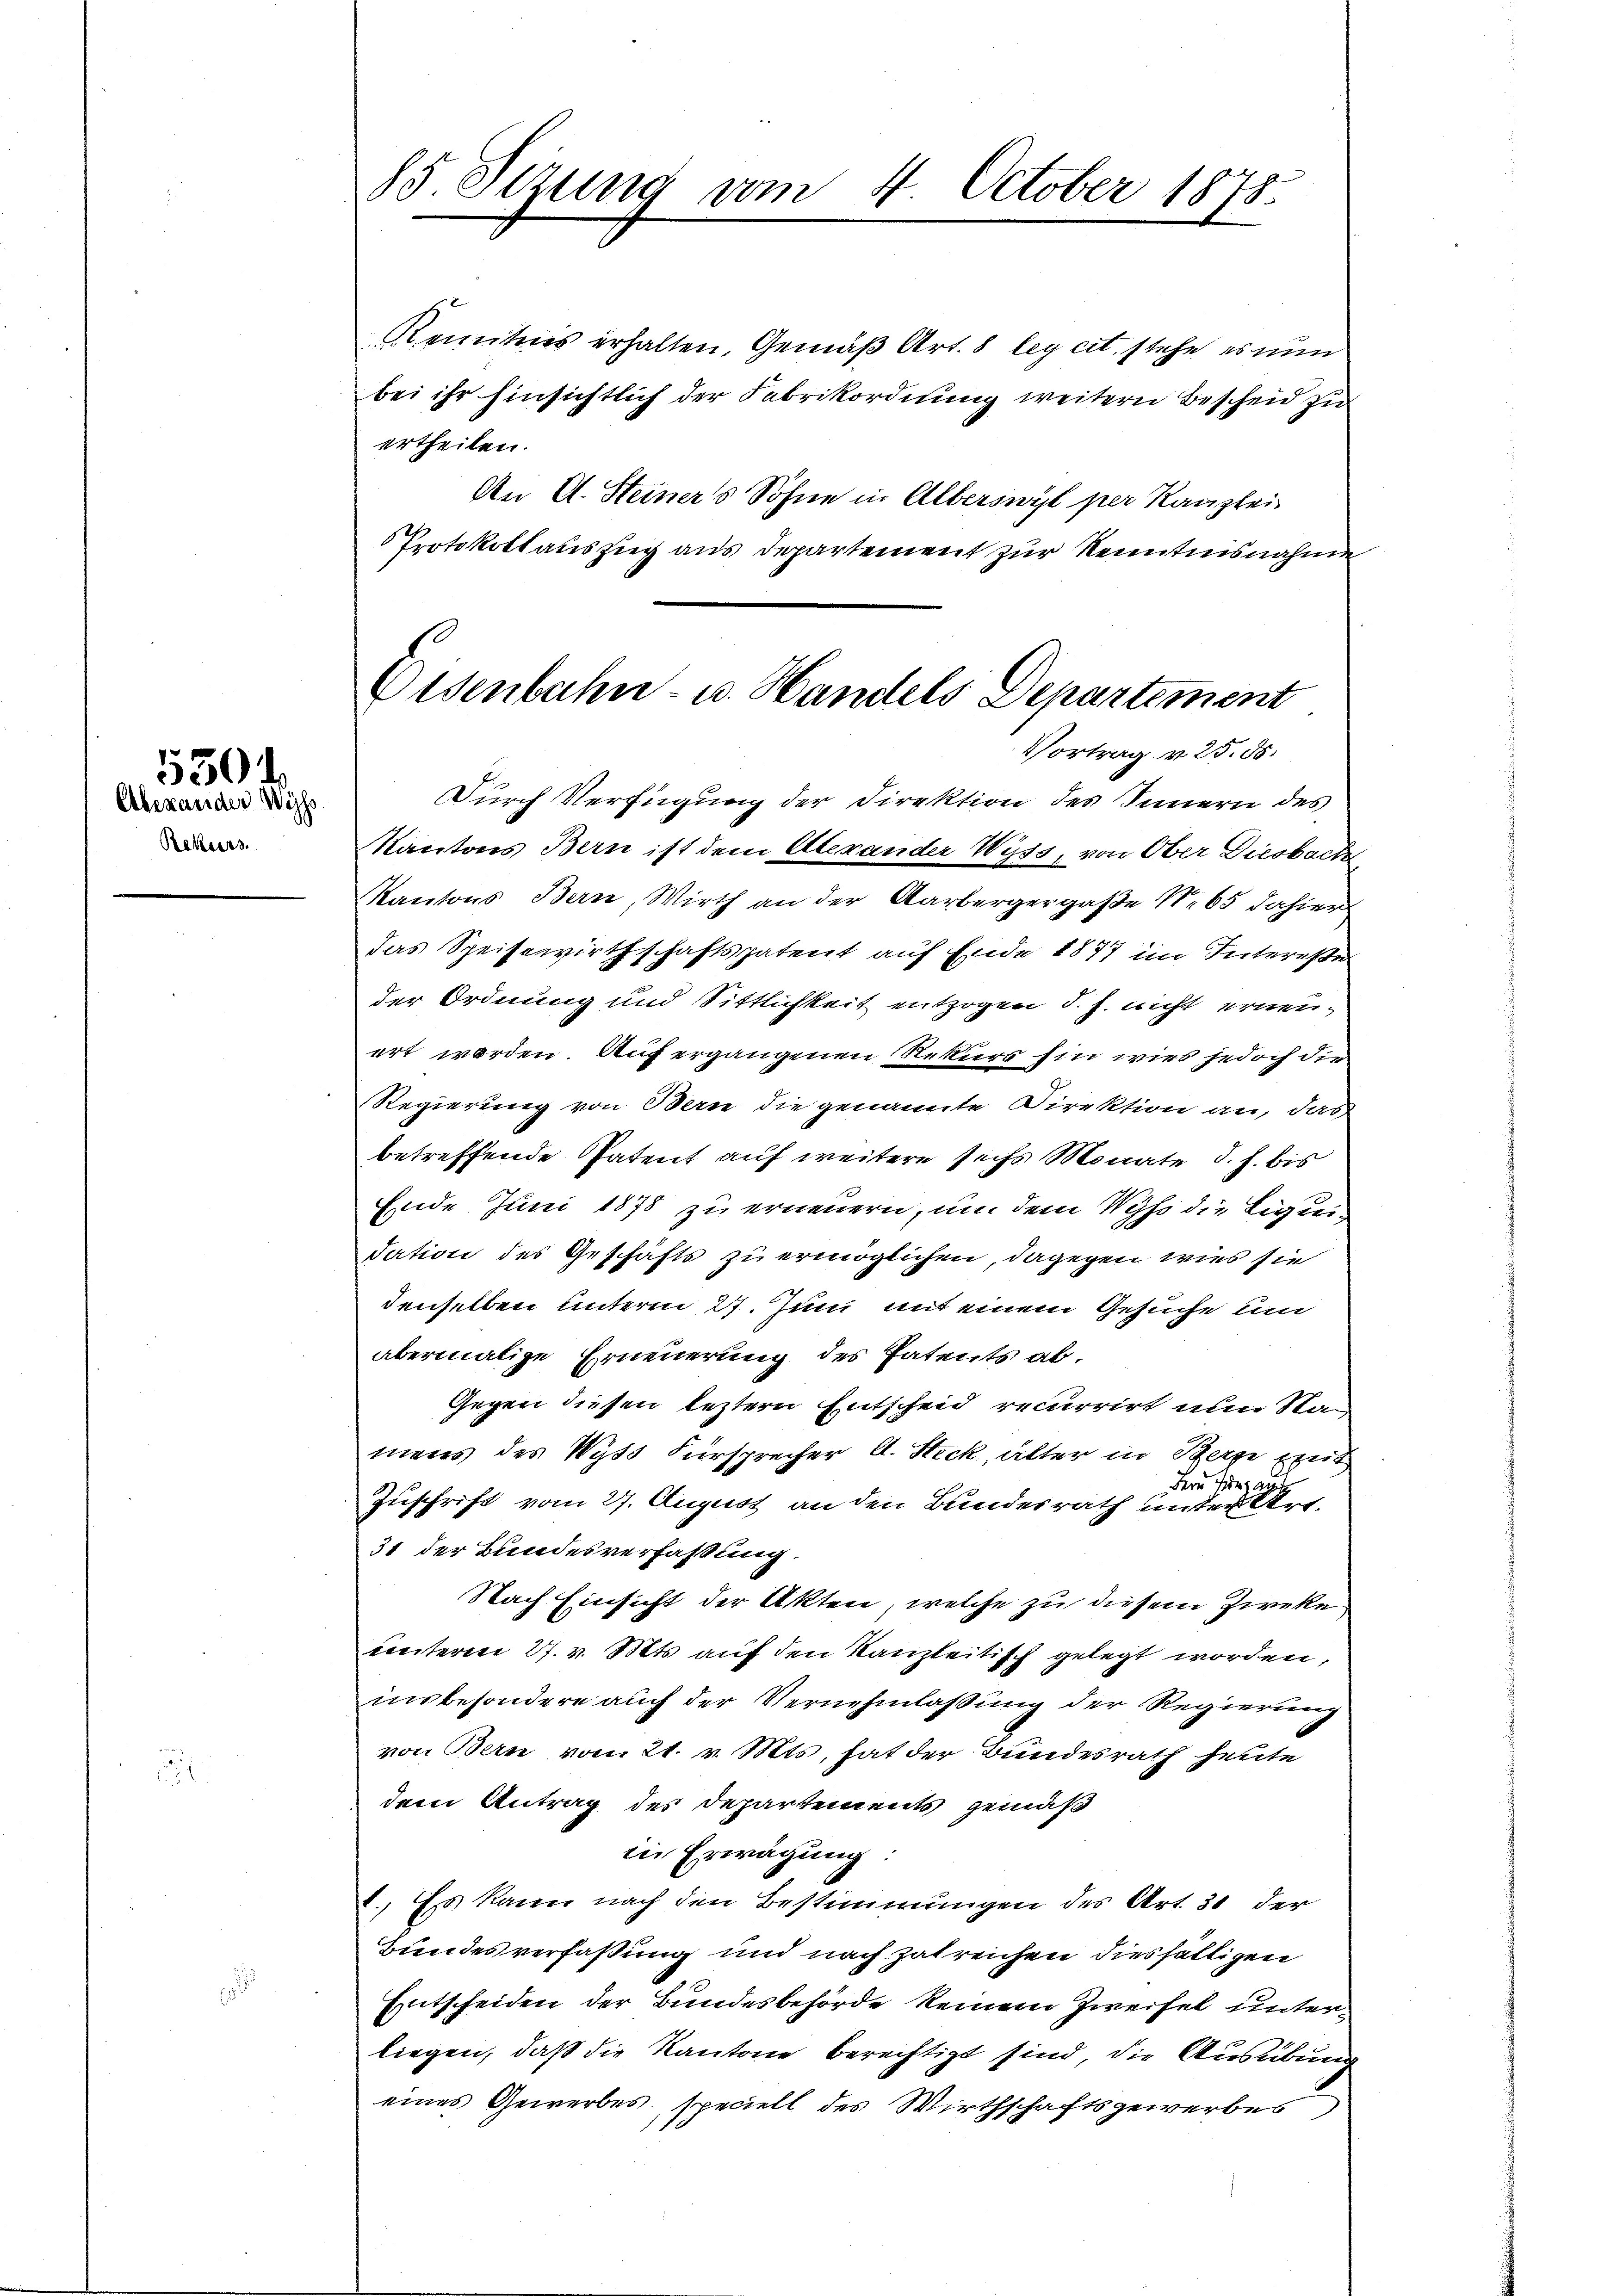
Alexander Wiss
Rekurs.

5304.

85. Setzung vom 4. October 1878.

Kenntnis erhalten, Gemäß Art. 8 leg cit. stehe es nun
bei ihr hinsichtlich der Fabrikordnung weitern Bescheid zu
ertheilen.
An A. Heiners Sohne in Alberswyl per Kanzlei
Protokollauszug aus Departement zur Kenntnisnahme
Kantons Bern ist dem Alterander Wyss, von Ober Diesbach
Kantons Bern, Wirth an der Aarbergergaße Nr. 65 dahier
das Speisewirthschaftspatent auf Ende 1877 im Interesse
der Ordnung und Sittlichkeit entzogen d. h. nicht erneuert werden. Auf ergangenen Rekurs hin wies jedoch die
Regierung von Bern die genannte Direktion an, das
betreffende Patent auf weitere sechs Monate d. h. bis
Ende Juni 1878 zu erneuern, um dem Wyss die Eigen
dation des Geschäfts zu ermöglichen, dagegen wies sie
denselben unterm 27. Juni mit einem Gesuche um
abermalige Erneuerung des Patents ab.
Gegen diesen leztern Entscheid recurrirt nun Nac
mens des Wyss Fürsprecher A. Steck, alter in Berge mit
Bern Tierau
Zuschrift vom 27. August an den Bundesrath unter Art.
31 der Bundesverfassung.
Nach Einsicht der Akten, welche zu diesem Zieke
unterm 27. v. Mts. auf den Kanzleitisch gelegt worden,
insbesondere auch der Vernehmlaßung der Regierung
von Bern vom 21. v. Mts. hat der Bundesrath heute
dem Antrag des Departements gemäß
in Erwägung:
) Es kann nach den Bestimmungen des Art. 31 der
Bundesverfaßung und nach Zatreichen diesfälligen
Entscheiden der Bundesbehörde keinem Zweifel unterliegen, daß die Kantone berechtigt sind, die Ausübung
eines Gewerbes, speciell des Wirthschaftsgewerbes

Eisenbahn- u. Handels Departement
Vortrag v. 25. 55.
Durch Verfügung der Direktion des Sauern des